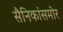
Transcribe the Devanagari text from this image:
सैनिकांसमोर